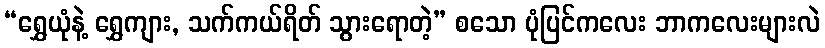
“ရွှေယုံနဲ့ ရွှေကျား, သက်ကယ်ရိတ် သွားရောတဲ့” စသော ပုံပြင်ကလေး ဘာကလေးများလဲ